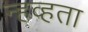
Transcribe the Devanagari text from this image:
न्हव्हता